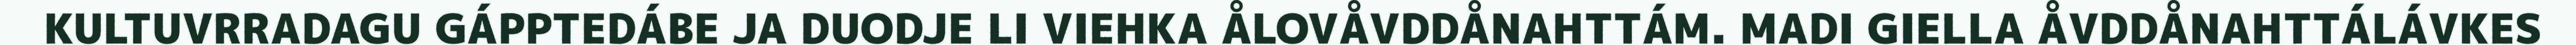
KULTUVRRADAGU GÁPPTEDÁBE JA DUODJE LI VIEHKA ÅLOVÅVDDÅNAHTTÁM. MADI GIELLA ÅVDDÅNAHTTÁLÁVKES